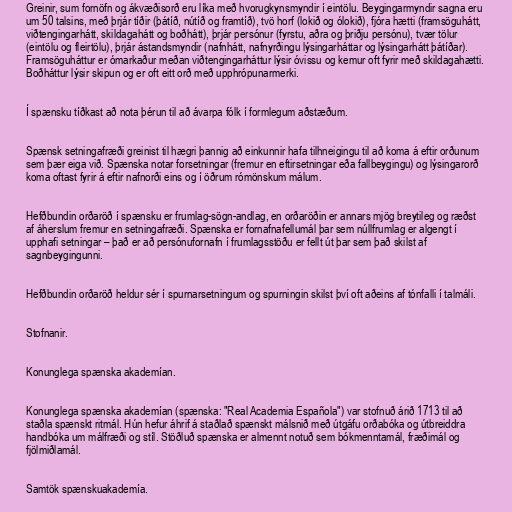
Greinir, sum fornöfn og ákvæðisorð eru líka með hvorugkynsmyndir í eintölu. Beygingarmyndir sagna eru
um 50 talsins, með þrjár tíðir (þátíð, nútíð og framtíð), tvö horf (lokið og ólokið), fjóra hætti (framsöguhátt,
viðtengingarhátt, skildagahátt og boðhátt), þrjár persónur (fyrstu, aðra og þriðju persónu), tvær tölur
(eintölu og fleirtölu), þrjár ástandsmyndir (nafnhátt, nafnyrðingu lýsingarháttar og lýsingarhátt þátíðar).
Framsöguháttur er ómarkaður meðan viðtengingarháttur lýsir óvissu og kemur oft fyrir með skildagahætti.
Boðháttur lýsir skipun og er oft eitt orð með upphrópunarmerki.

Í spænsku tíðkast að nota þérun til að ávarpa fólk í formlegum aðstæðum.

Spænsk setningafræði greinist til hægri þannig að einkunnir hafa tilhneigingu til að koma á eftir orðunum
sem þær eiga við. Spænska notar forsetningar (fremur en eftirsetningar eða fallbeygingu) og lýsingarorð
koma oftast fyrir á eftir nafnorði eins og í öðrum rómönskum málum.

Hefðbundin orðaröð í spænsku er frumlag-sögn-andlag, en orðaröðin er annars mjög breytileg og ræðst
af áherslum fremur en setningafræði. Spænska er fornafnafellumál þar sem núllfrumlag er algengt í
upphafi setningar – það er að persónufornafn í frumlagsstöðu er fellt út þar sem það skilst af
sagnbeygingunni.

Hefðbundin orðaröð heldur sér í spurnarsetningum og spurningin skilst því oft aðeins af tónfalli í talmáli.

Stofnanir.

Konunglega spænska akademían.

Konunglega spænska akademían (spænska: "Real Academia Española") var stofnuð árið 1713 til að
staðla spænskt ritmál. Hún hefur áhrif á staðlað spænskt málsnið með útgáfu orðabóka og útbreiddra
handbóka um málfræði og stíl. Stöðluð spænska er almennt notuð sem bókmenntamál, fræðimál og
fjölmiðlamál.

Samtök spænskuakademía.